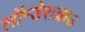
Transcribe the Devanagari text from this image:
लॉन्डेसब्राउ